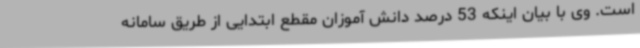
است. وی با بیان اینکه 53 درصد دانش آموزان مقطع ابتدایی از طریق سامانه